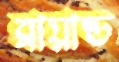
ব্রায়ান্ড